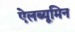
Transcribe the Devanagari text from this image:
ऐलब्यूमिन